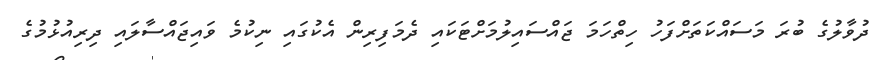
ދުވާލުގެ ބުރަ މަސައްކަތަށްފަހު ހިތްހަމަ ޖައްސައިލުމަށްޓަކައި ދެމަފިރިން އެކުގައި ނިކުމެ ވައިޖައްސާލައި ދިރިއުޅުމުގެ